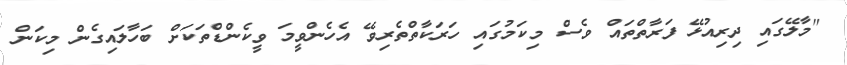
"މާލޭގައި ދިރިއުޅޭ ފަރާތްތައް ވެސް މިކަމުގައި ހަރަކާތްތެރިވޭ އެހެންވީމަ ވީކެންޑްތަކަށް ބަހާލައިގެން މިކަން